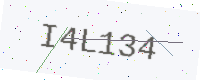
Text: I4L134